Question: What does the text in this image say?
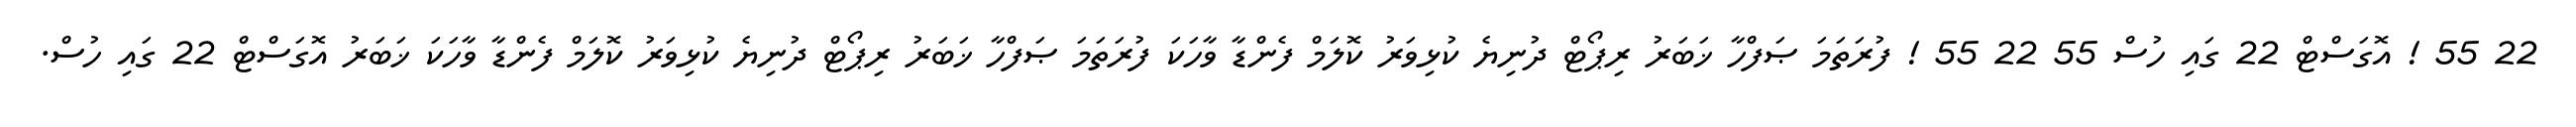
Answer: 22 55 ! އޮގަސްޓް 22 ގައި ހުސް 55 22 55 ! ފުރަތަމަ ޞަފްހާ ޚަބަރު ރިޕޯޓް ދުނިޔެ ކުޅިވަރު ކޮލަމް ފެންޑާ ވާހަކަ ފުރަތަމަ ޞަފްހާ ޚަބަރު ރިޕޯޓް ދުނިޔެ ކުޅިވަރު ކޮލަމް ފެންޑާ ވާހަކަ ޚަބަރު އޮގަސްޓް 22 ގައި ހުސް.